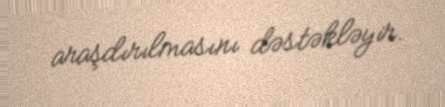
araşdırılmasını dəstəkləyir.